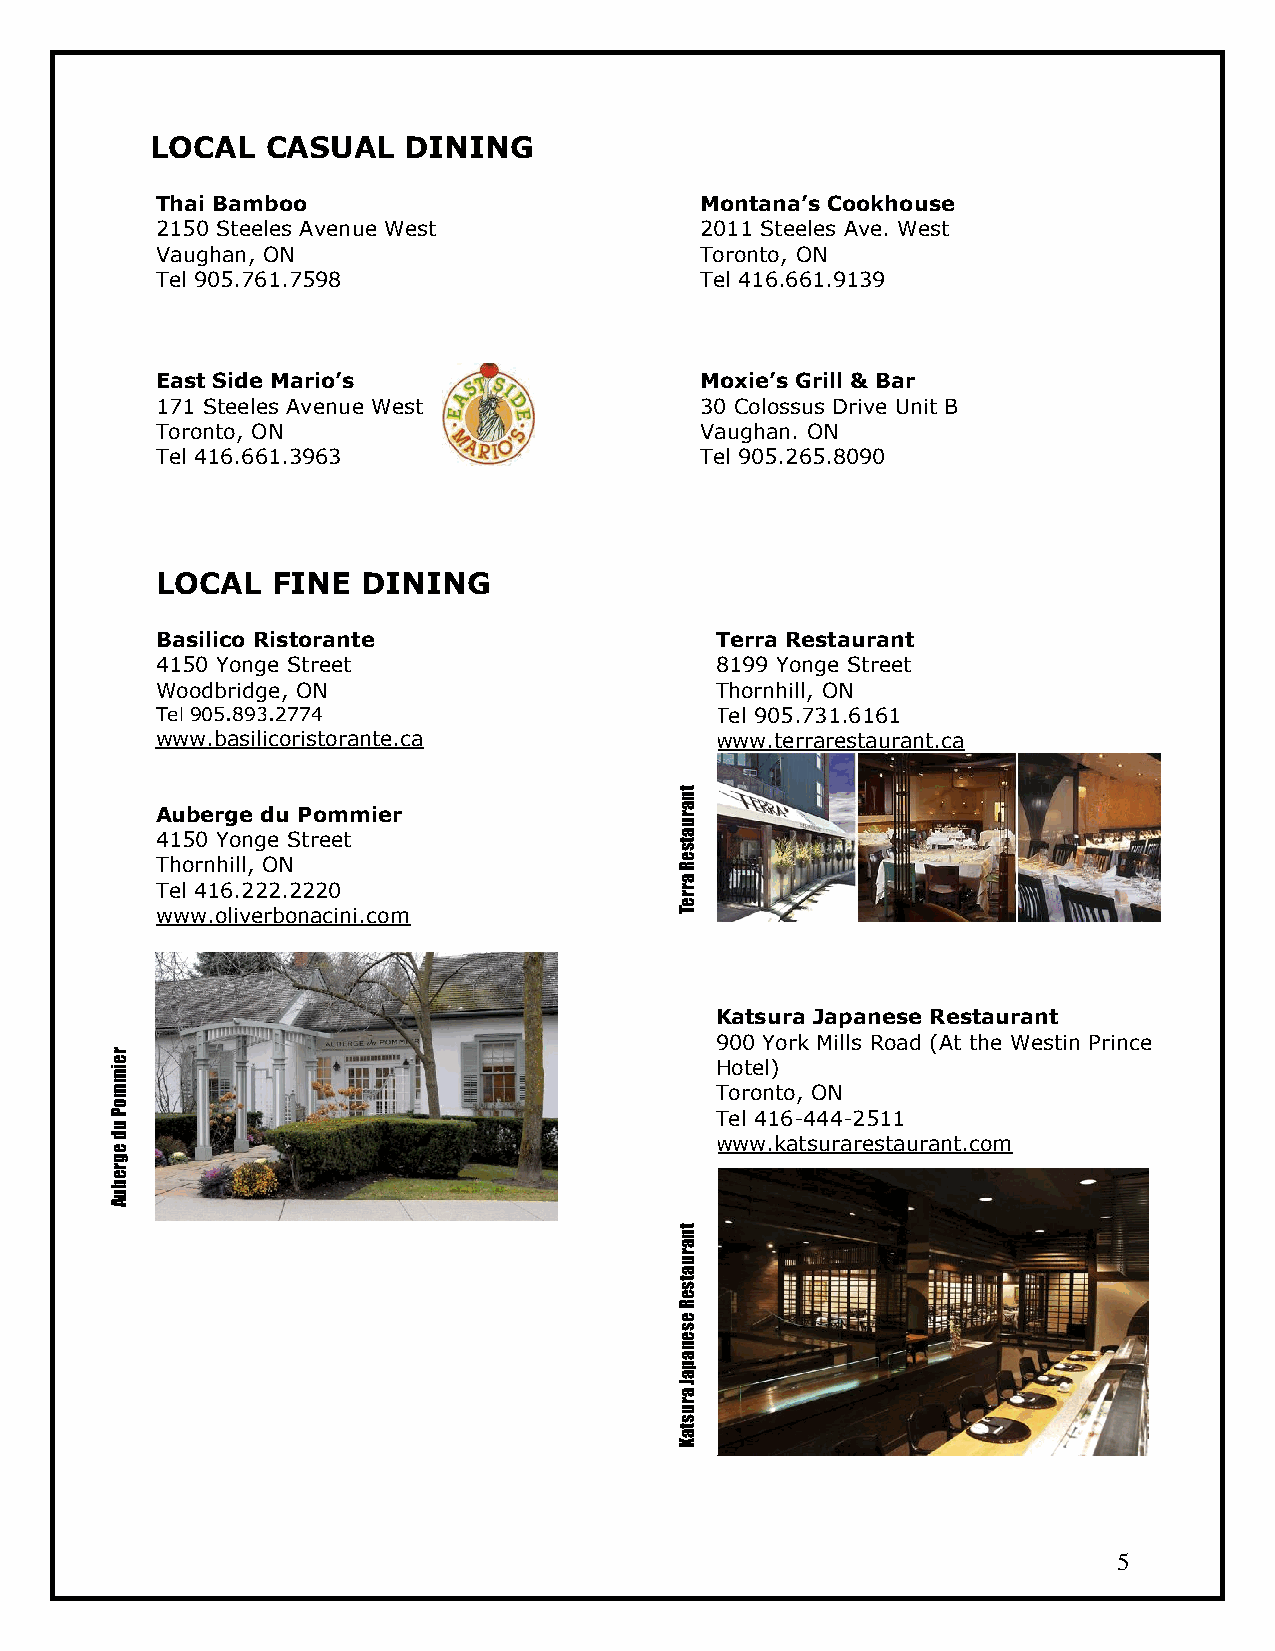
LOCAL   CASUAL   DINING
 Thai Bamboo                         Montana’s Cookhouse
 2150 Steeles Avenue West            2011 Steeles Ave. West
 Vaughan, ON                         Toronto, ON
 Tel 905.761.7598                    Tel 416.661.9139
 East Side Mario’s                   Moxie’s Grill & Bar
 171 Steeles Avenue West             30 Colossus Drive Unit B
 Toronto, ON                         Vaughan. ON
 Tel 416.661.3963                    Tel 905.265.8090
 LOCAL   FINE  DINING
 Basilico Ristorante                  Terra Restaurant
 4150 Yonge Street                    8199 Yonge Street
 Woodbridge, ON                       Thornhill, ON
 Tel 905.893.2774                     Tel 905.731.6161
 www.basilicoristorante.ca            www.terrarestaurant.ca
 nt
 Auberge du Pommier                 a r
 u
 4150 Yonge Street                  sta
 Thornhill, ON                      Re
 a
 Tel 416.222.2220                   r
 r
 e
 www.oliverbonacini.com             T
 Katsura Japanese Restaurant
 900 York Mills Road (At the Westin Prince
 r
 mie                                     Hotel)
 m                                       Toronto, ON
 o
 P                                       Tel 416-444-2511
 u
 e
 d                                       www.katsurarestaurant.com
 g
 r
 e
 b
 u
 A
 nt
 a
 r
 u
 a
 st
 e
 R
 e
 s
 e
 n
 a
 p
 a
 a
 J
 r
 u
 s
 at
 K
 5